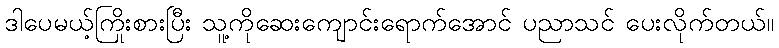
ဒါပေမယ့်ကြိုးစားပြီး သူ့ကိုဆေးကျောင်းရောက်အောင် ပညာသင် ပေးလိုက်တယ်။